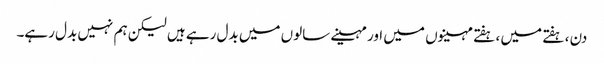
دن ، ہفتے میں ، ہفتے مہینوں میں اور مہینے سالوں میں بدل رہے ہیں لیکن ہم نہیں بدل رہے۔